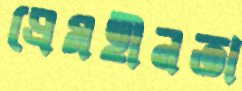
প্রেমহীনতা